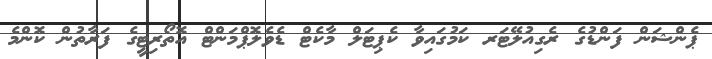
ޕެންޝަން ފަންޑުގެ ރެގިއުލޭޓަރ ކަމުގައިވާ ކެޕިޓަލް މާކެޓް ޑެވެލޮޕްމަންޓް އޮތޯރިޓީގެ ފަރާތުން ކޮންމެ